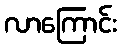
လာကြောင်း